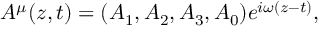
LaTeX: A ^ { \mu } ( z , t ) = ( A _ { 1 } , A _ { 2 } , A _ { 3 } , A _ { 0 } ) e ^ { i \omega ( z - t ) } ,